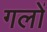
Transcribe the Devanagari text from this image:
गलों